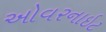
ઓવરનાઇટ